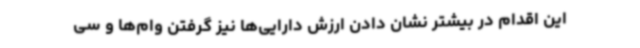
این اقدام در بیشتر نشان دادن ارزش دارایی‌ها نیز گرفتن وام‌ها و سی